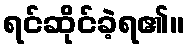
ရင်ဆိုင်ခဲ့ရ၏။